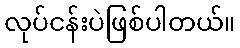
လုပ်ငန်းပဲဖြစ်ပါတယ်။